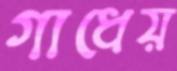
গাধেয়